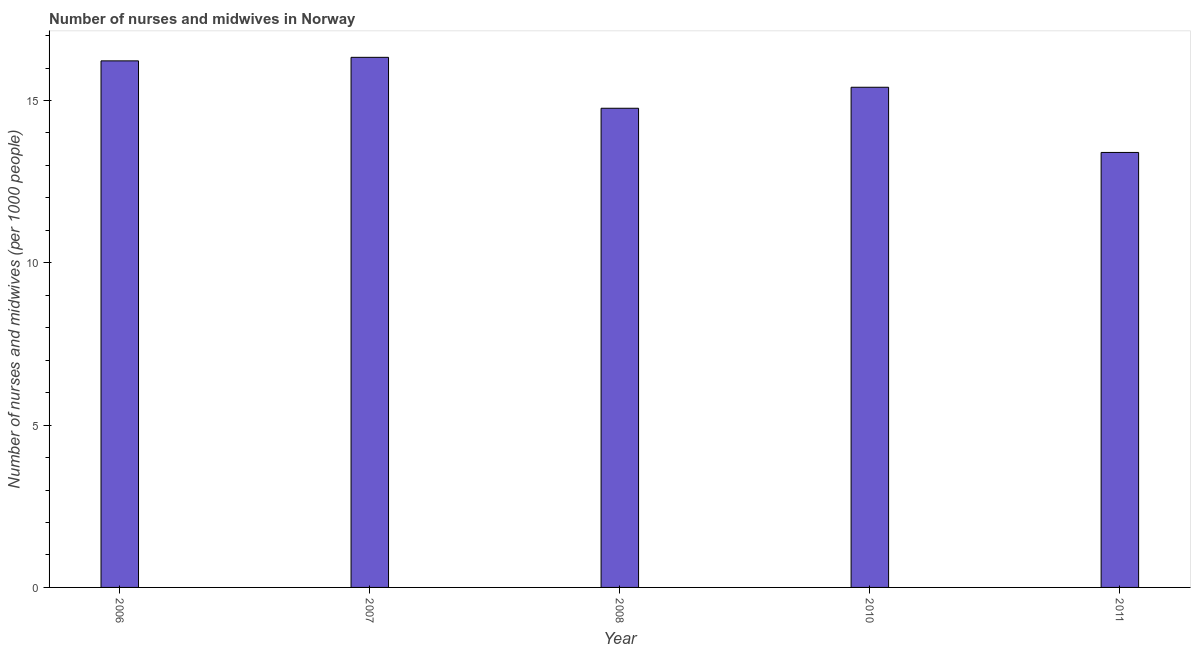
| Year | Nurses and midwives |
 | --- | --- |
 | 2006 | 16.2 |
 | 2007 | 16.3 |
 | 2008 | 14.8 |
 | 2010 | 15.4 |
 | 2011 | 13.4 |